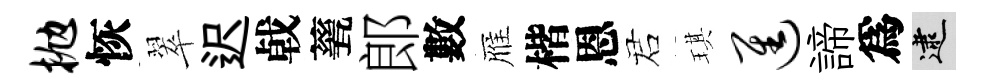
抛恢翠迟㦸甆郎數雁楷恩诺琪进諦爲逮